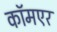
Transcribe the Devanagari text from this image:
कॉमएर